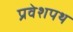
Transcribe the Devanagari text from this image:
प्रवेशपथ